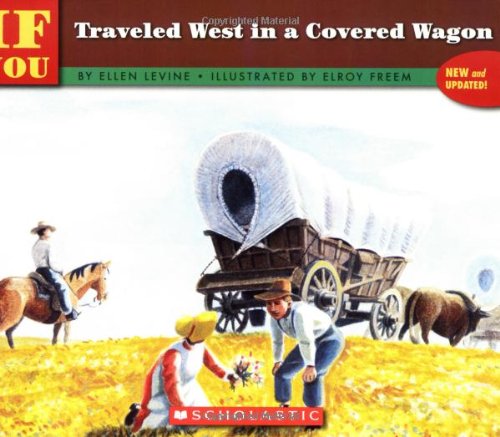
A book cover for If You Traveled West In A Covered Wagon; Ellen Levine; Children's Books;